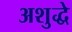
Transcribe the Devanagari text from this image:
अशुद्धे